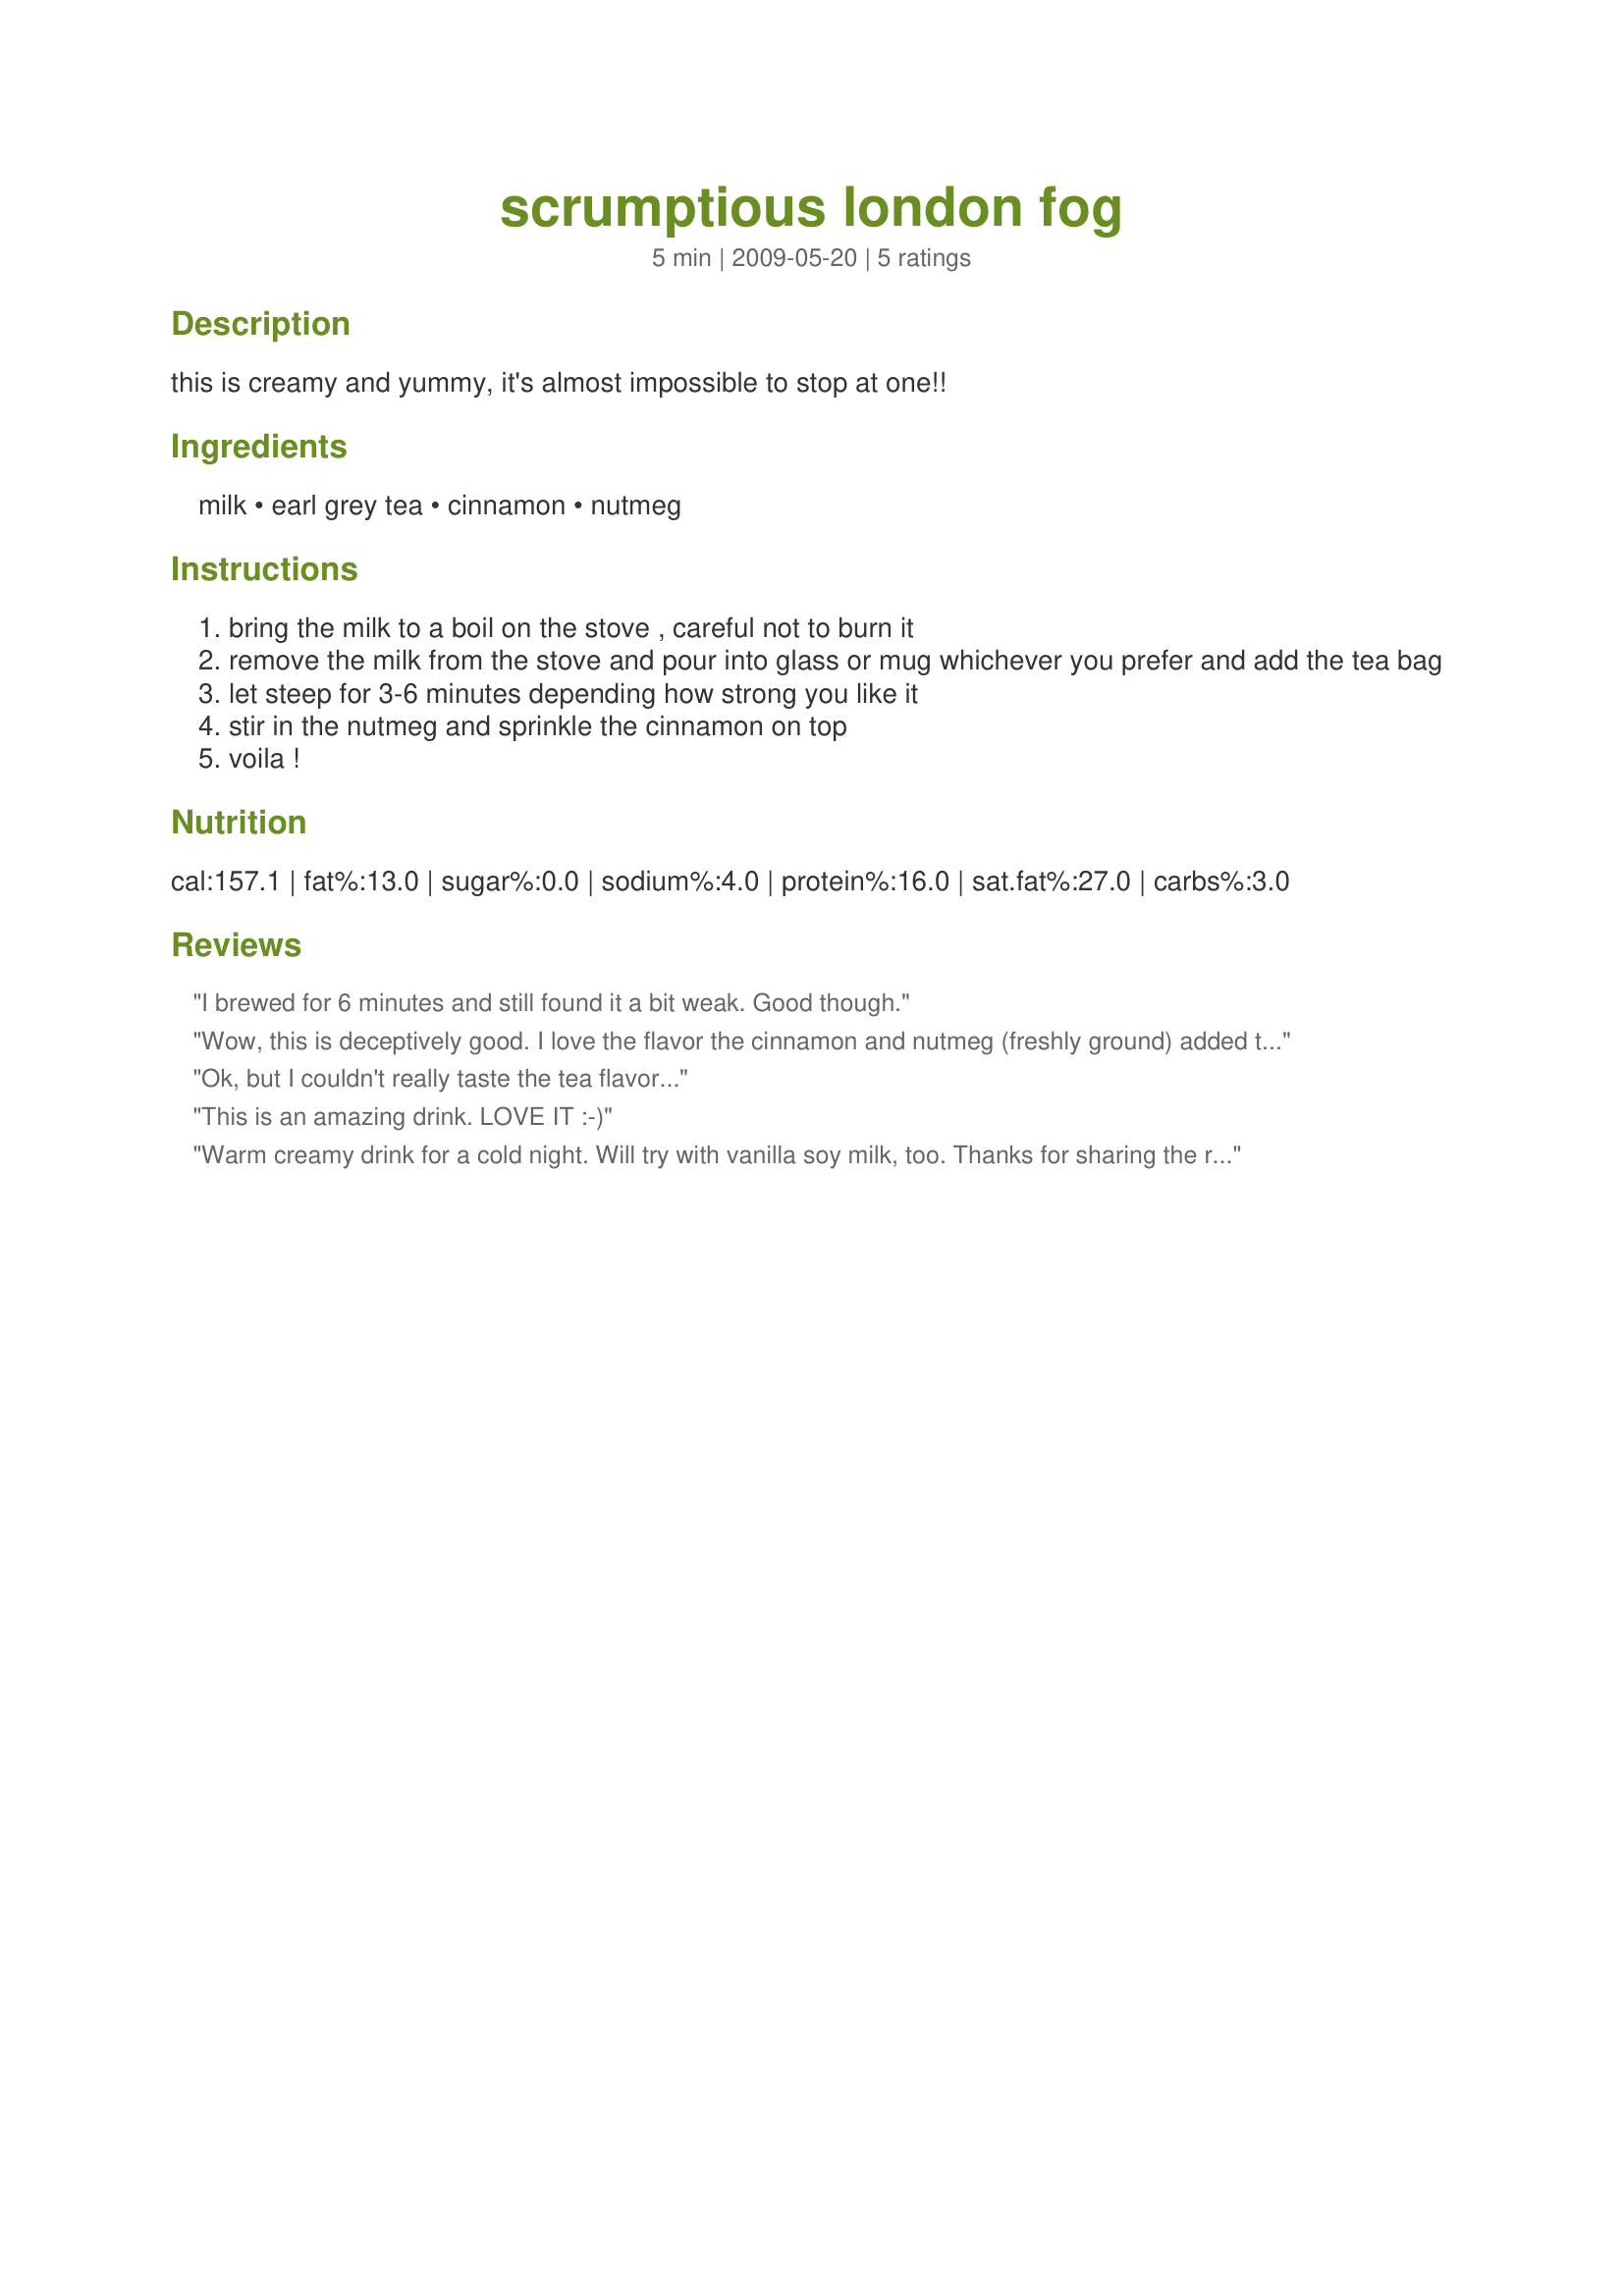
scrumptious london fog
Preparation time: 5 minutes

this is creamy and yummy, it's almost impossible to stop at one!!

Ingredients:
milk, earl grey tea, cinnamon, nutmeg

Steps:
bring the milk to a boil on the stove , careful not to burn it
remove the milk from the stove and pour into glass or mug whichever you prefer and add the tea bag
let steep for 3-6 minutes depending how strong you like it
stir in the nutmeg and sprinkle the cinnamon on top
voila !

Reviews:
I brewed for 6 minutes and still found it a bit weak. Good though.
Wow, this is deceptively good. I love the flavor the cinnamon and nutmeg (freshly ground) added to it. I also added a packet of splenda to it. It is comforting a soothing without being too strong.
Ok, but I couldn't really taste the tea flavor...
This is an amazing drink. LOVE IT :-)
Warm creamy drink for a cold night. Will try with vanilla soy milk, too. Thanks for sharing the recipe!
